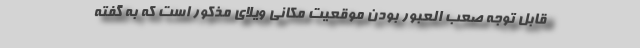
قابل توجه صعب العبور بودن موقعیت مکانی ویلای مذکور است که به گفته